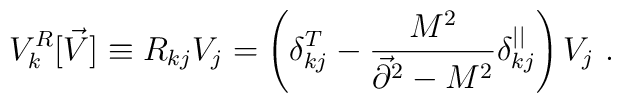
V^R_k[\vec{V}]\equiv R_{kj}V_j = \left(\delta^T_{kj} -{M^2 \over \vec{\partial}^2-M^2}\delta_{kj}^{||}\right)V_j~.